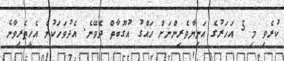
ކުރެވި މި 5 އަހަރުގެ އަނިޔާވެރިންނަށް ހައްގު އުގޫބާތް ދެވޭނެ. އެދުވަހަކުން އެހީތެރިވާނެ